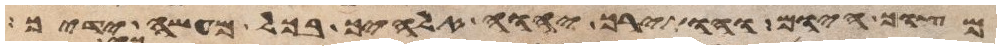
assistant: מצוך היום והותירך יהוה אלהיך בכל מעשה ידיך